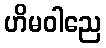
ဟိမဝါညေ